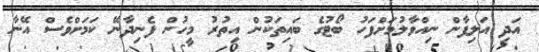
އަދި އަލިފާން ނިއްވާލުމަށްފަހު ބޯޓުގެ ބައިތަކުން އިތުރު މީހުން ފެނިދާނޭ ކަމަށްވެސް އޭނާ